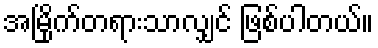
အမြိုက်တရားသာလျှင် ဖြစ်ပါတယ်။